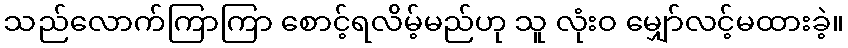
သည်လောက်ကြာကြာ စောင့်ရလိမ့်မည်ဟု သူ လုံးဝ မျှော်လင့်မထားခဲ့။